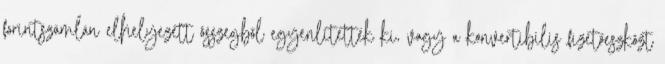
forintszámlán elhelyezett összegből egyenlítették ki, vagy a konvertibilis fizetőeszközt